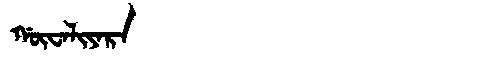
Manchu: ᡤᡡᠸᠠᠯᡳᠶᠠᡵᠠ
Romanization: GŪWALIYARA